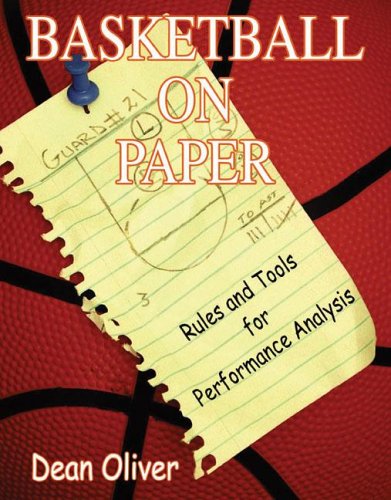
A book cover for Basketball on Paper: Rules and Tools for Performance Analysis; Dean Oliver; Reference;